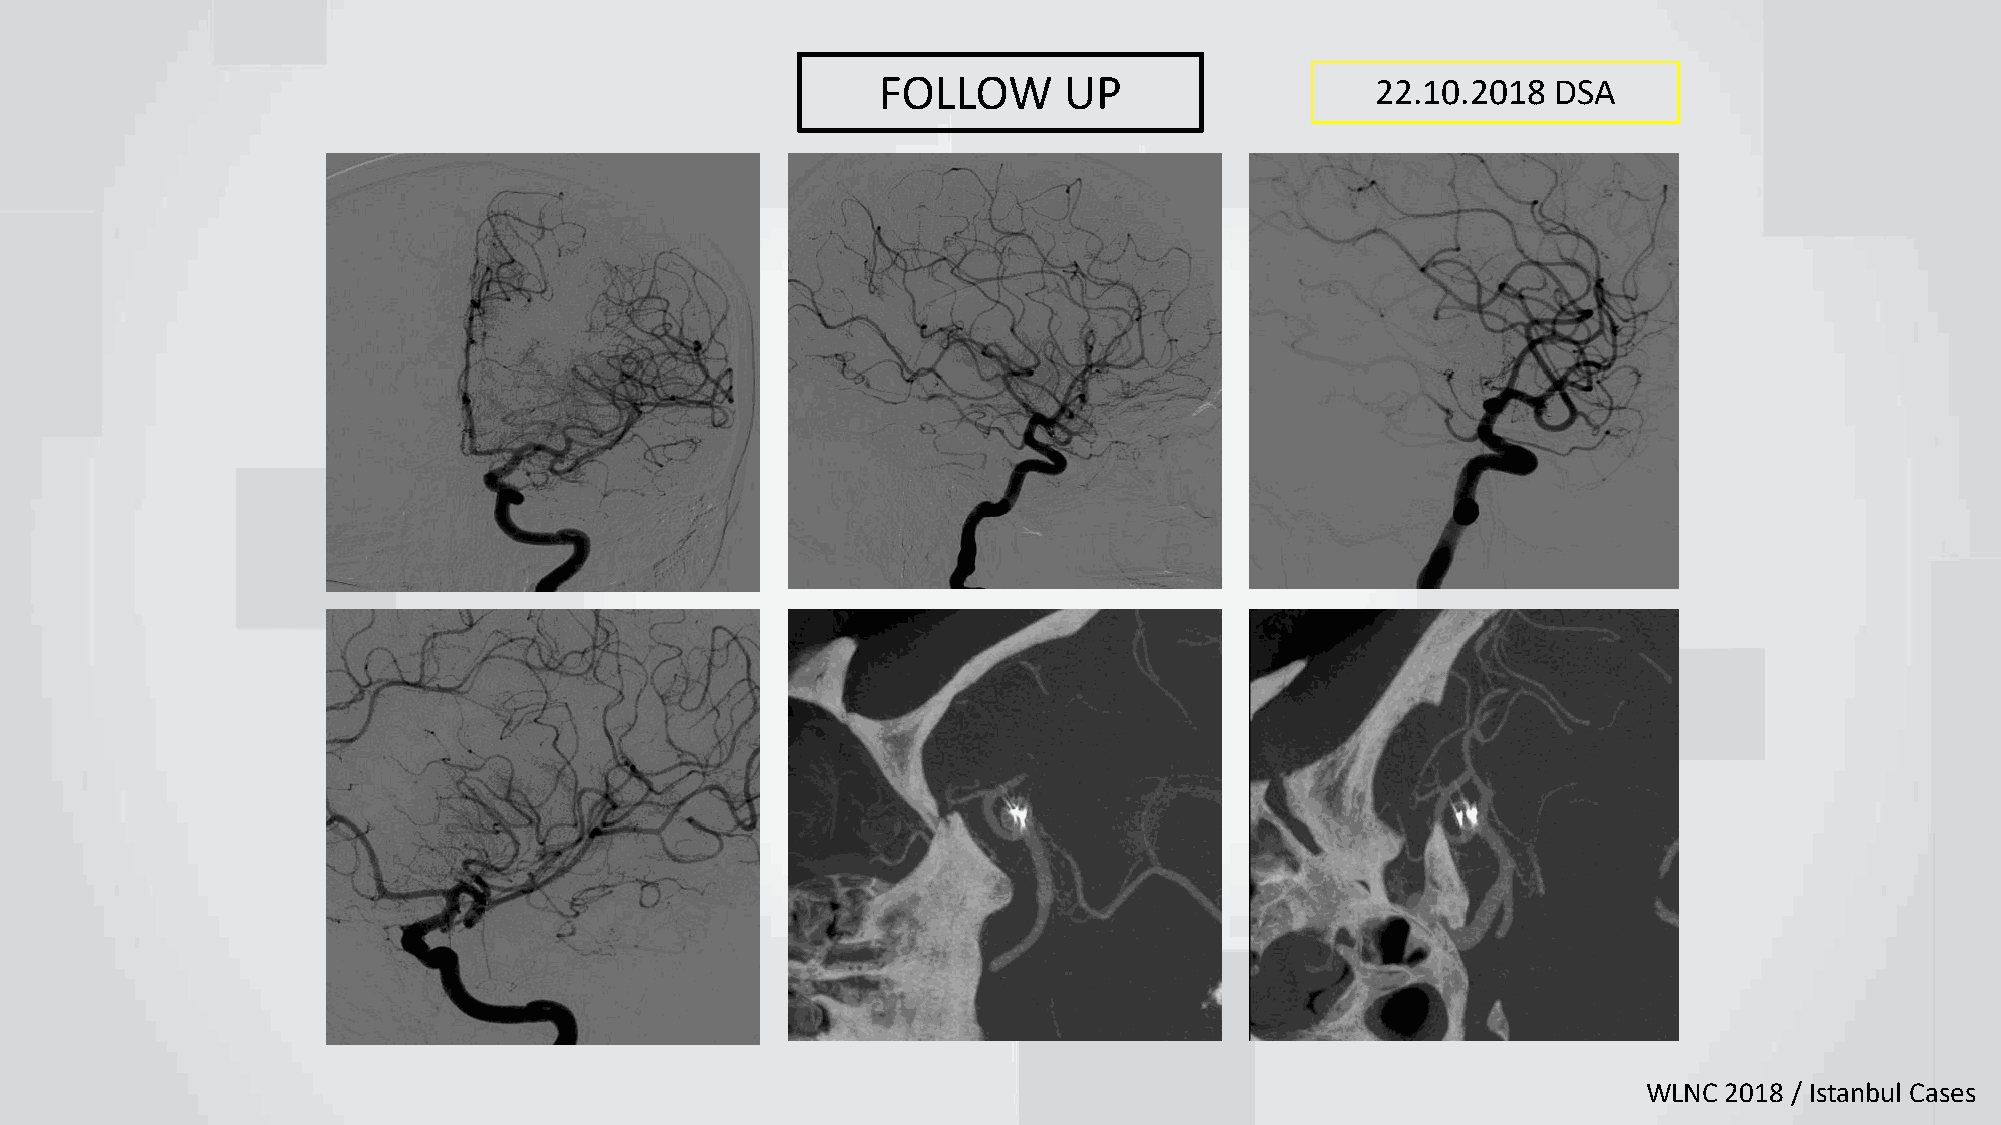
FOLLOW      UP                   22.10.2018  DSA
 WLNC 2018 / Istanbul Cases